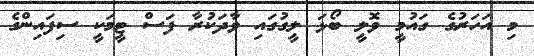
މި އަހަރުގެ ގައުމީ ވޮލީ ބޯޅަ ލީގުގައި ވާދަކުރާ ފަސް ޓީމަކީ ސިފައިންގެ